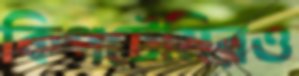
কিপটেমিরও